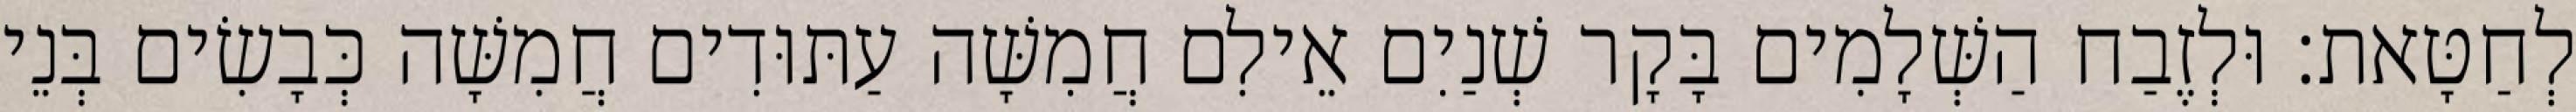
לְחַטָּאת׃ וּלְזֶבַח הַשְּׁלָמִים בָּקָר שְׁנַיִם אֵילִם חֲמִשָּׁה עַתּוּדִים חֲמִשָּׁה כְּבָשִׂים בְּנֵי